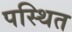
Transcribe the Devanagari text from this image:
पस्थित